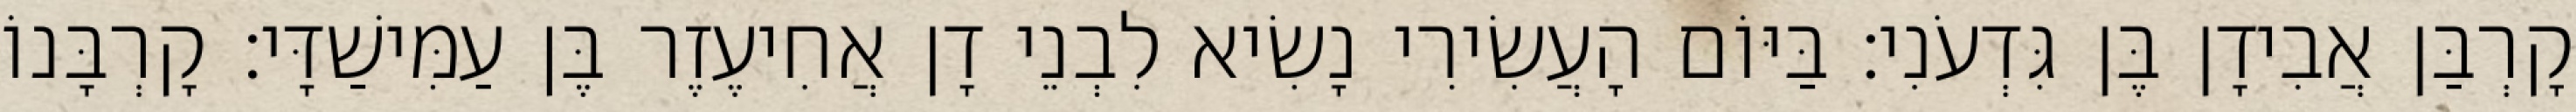
קָרְבַּן אֲבִידָן בֶּן גִּדְעֹנִי׃ בַּיּוֹם הָעֲשִׂירִי נָשִׂיא לִבְנֵי דָן אֲחִיעֶזֶר בֶּן עַמִּישַׁדָּי׃ קָרְבָּנוֹ